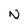
Character: N